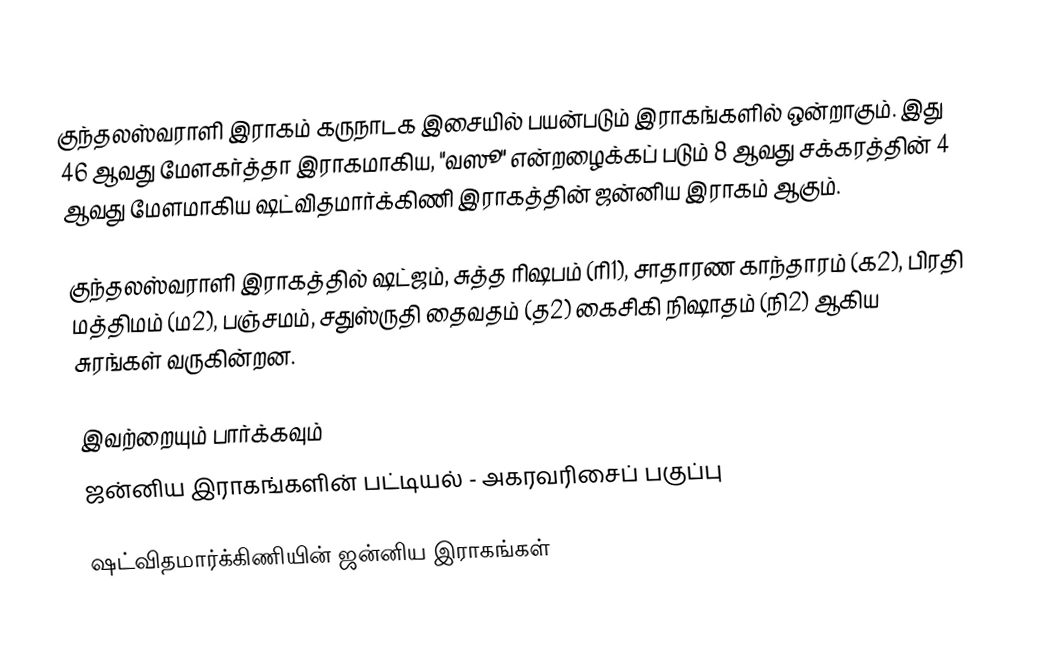
குந்தலஸ்வராளி இராகம் கருநாடக இசையில் பயன்படும் இராகங்களில் ஒன்றாகும். இது 46 ஆவது மேளகர்த்தா இராகமாகிய, "வஸூ" என்றழைக்கப் படும் 8 ஆவது சக்கரத்தின் 4 ஆவது மேளமாகிய ஷட்விதமார்க்கிணி இராகத்தின் ஜன்னிய இராகம் ஆகும்.

குந்தலஸ்வராளி இராகத்தில் ஷட்ஜம், சுத்த ரிஷபம் (ரி1),  சாதாரண காந்தாரம் (க2), பிரதி மத்திமம் (ம2), பஞ்சமம்,  சதுஸ்ருதி தைவதம் (த2) கைசிகி நிஷாதம்  (நி2) ஆகிய சுரங்கள் வருகின்றன.

இவற்றையும் பார்க்கவும்
 ஜன்னிய இராகங்களின் பட்டியல் - அகரவரிசைப் பகுப்பு

ஷட்விதமார்க்கிணியின் ஜன்னிய இராகங்கள்